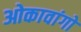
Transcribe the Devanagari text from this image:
ओकावांगो